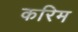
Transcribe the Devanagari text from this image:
करिम